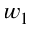
w _ { 1 }